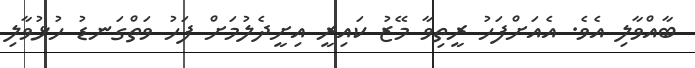
ބާއްވާލި އެވެ. އެއަށްފަހު ރީތިވާ މޭޒު ކައިރީ އިށީދެލުމަށް ފަހު ވަތްގަނޑު ހުޅުވާލި